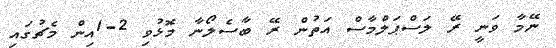
ނޭމާ ވަނީ ރޭ ލަސްޕަލްމާސް އަތުން ރޭ ބާސެލޯނާ މޮޅުވި 2-1އިން މެޗުގައި